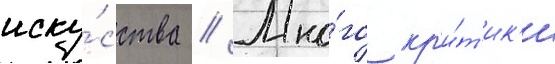
иску́сства // Мно́го кр'и́т'ик'и